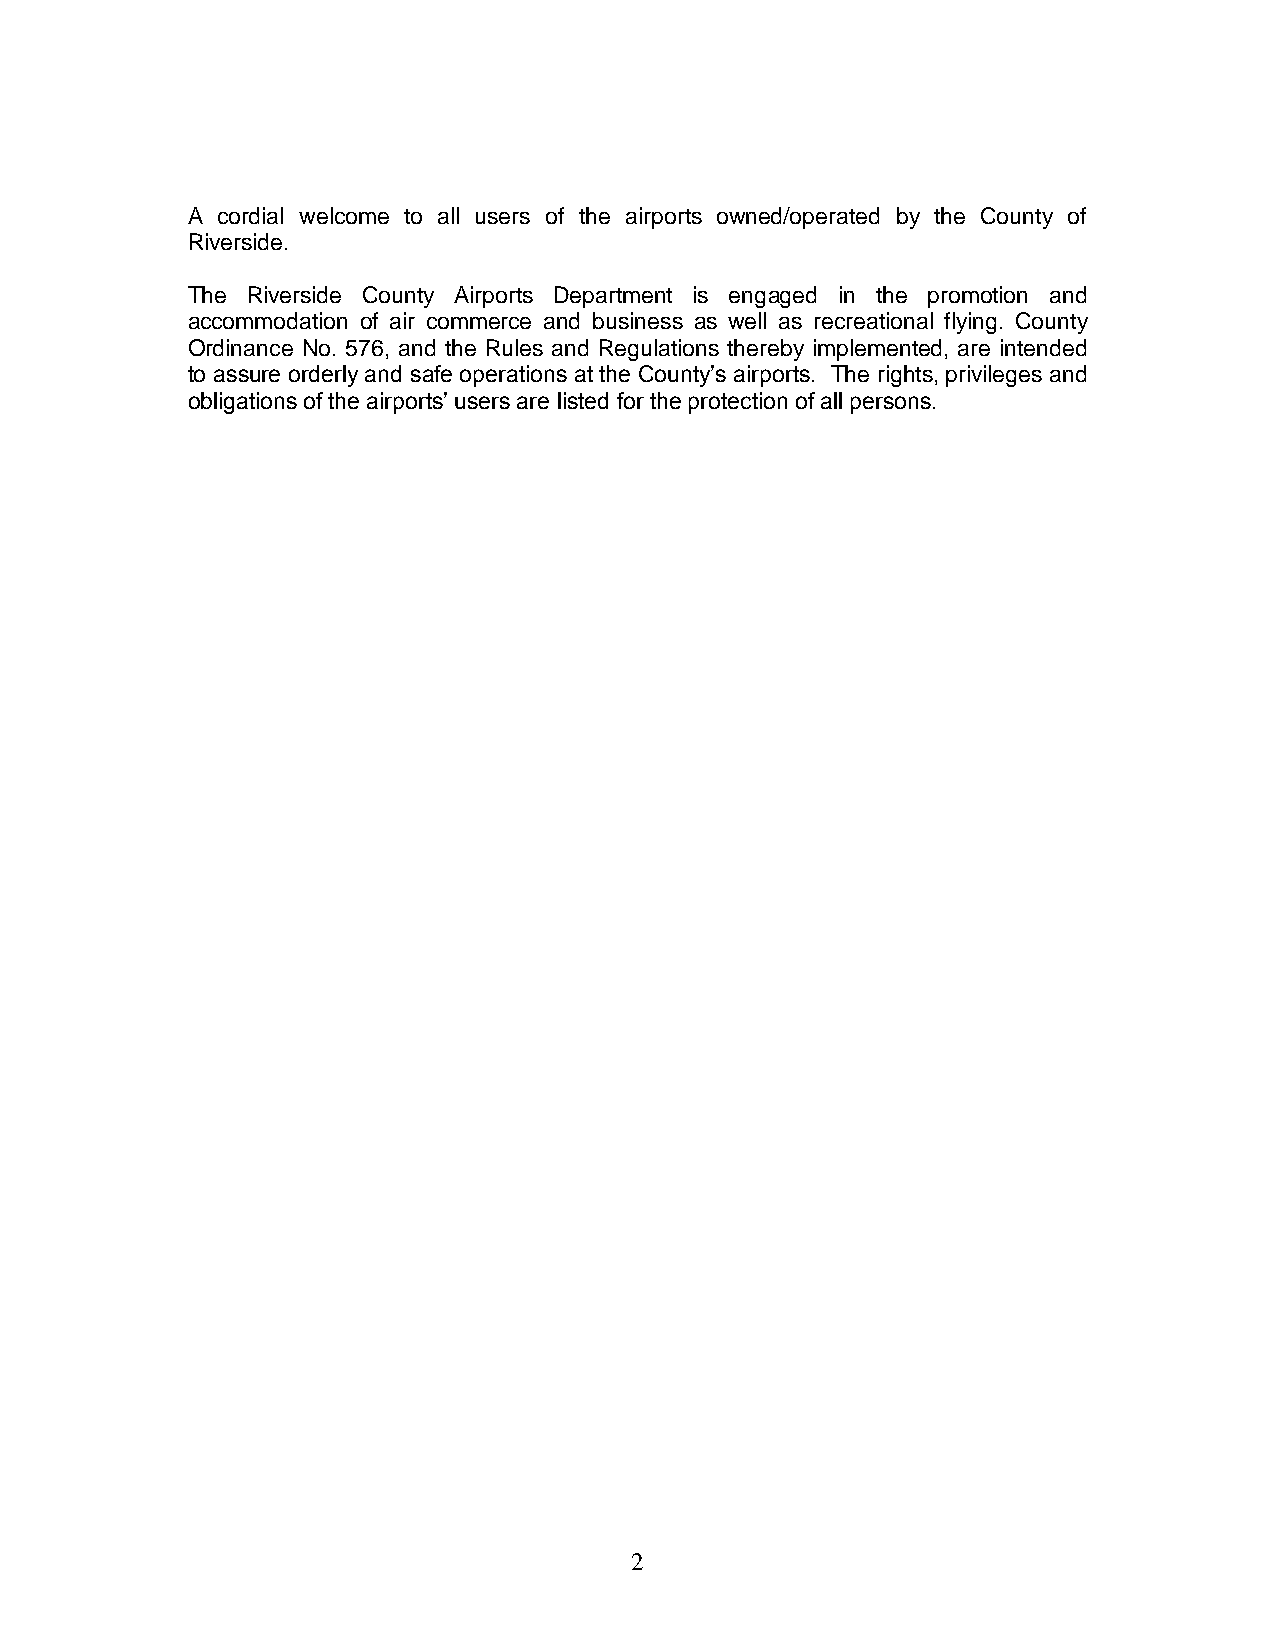
A cordial welcome to all users of the airports owned/operated by the County of
 Riverside.
 The Riverside County Airports Department is engaged in the promotion and
 accommodation of air commerce and business as well as recreational flying. County
 Ordinance No. 576, and the Rules and Regulations thereby implemented, are intended
 to assure orderly and safe operations at the County’s airports. The rights, privileges and
 obligations of the airports’ users are listed for the protection of all persons.
 2